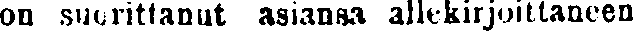
on suorittanut aiansa allekirjoittaneen